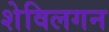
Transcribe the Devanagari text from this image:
शेविलगन